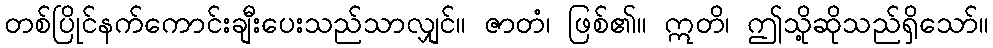
တစ်ပြိုင်နက်ကောင်းချီးပေးသည်သာလျှင်။ ဇာတံ၊ ဖြစ်၏။ ဣတိ၊ ဤသို့ဆိုသည်ရှိသော်။